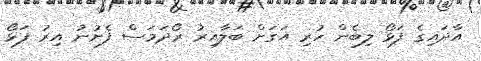
އާދައިގެ ފަޅޯ ލިބެން ހުރި އަގަށް ބަލާއިރު ރޯދަމަސް ފެށުނު އިރު ފަޅޯ